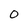
Character: 0